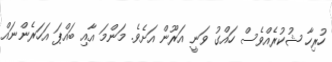
ހުރިހާ ޝުކުރެއްވެސް ހައްގު ވަނީ އަރޫން އަށެވެ. މަންމަ އާއި ބައްޕަ އަހަރެންނައް